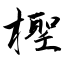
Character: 檉